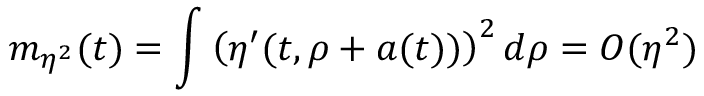
m _ { \eta ^ { 2 } } ( t ) = \int \left( \eta ^ { \prime } ( t , \rho + a ( t ) ) \right) ^ { 2 } d \rho = { \cal O } ( \eta ^ { 2 } )